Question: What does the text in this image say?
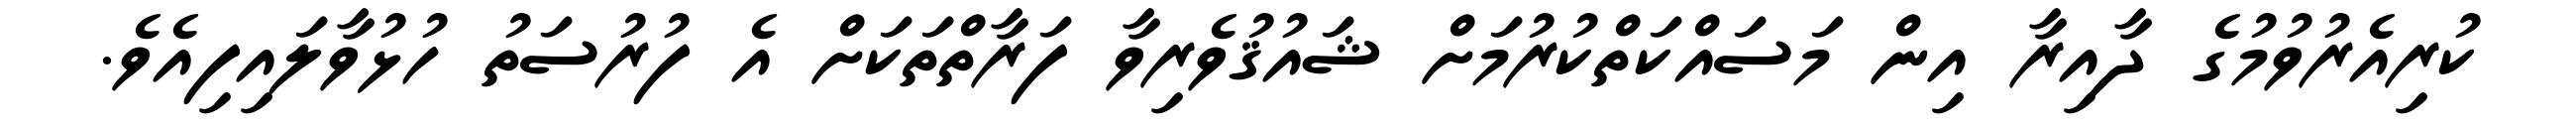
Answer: ކުރިއެރުވުމުގެ ދާއިރާ އިން މަސައްކަތްކުރުމަށް ޝައުޤުވެރިވާ ފަރާތްތަކަށް އެ ފުރުސަތު ހުޅުވާލައިފިއެވެ.